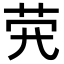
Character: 𦭂